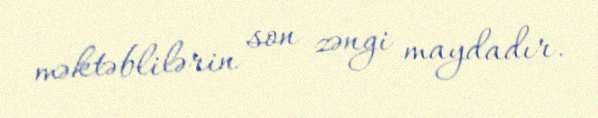
məktəblilərin son zəngi maydadır.